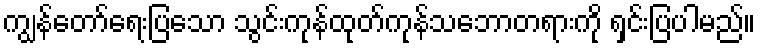
ကျွန်တော်ရေးပြသော သွင်းကုန်ထုတ်ကုန်သဘောတရားကို ရှင်းပြပါမည်။